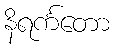
နိရင်္ကတော